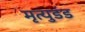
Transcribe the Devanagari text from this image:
मृत्युडंड